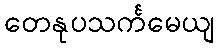
တေနုပသင်္ကမေယျ